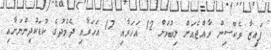
ފައިޒާ ވެކްސިން ރާއްޖެއަށް ލިބުމުން 12 އަހަރާއި 17 އަހަރާއި ދެމެދުގެ ކުޑަކުދިންނަށާއި